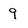
Character: 9